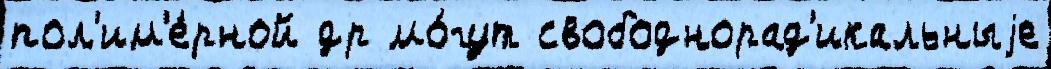
пол'им'е́рной др мо́гут свободнорад'икальныjе